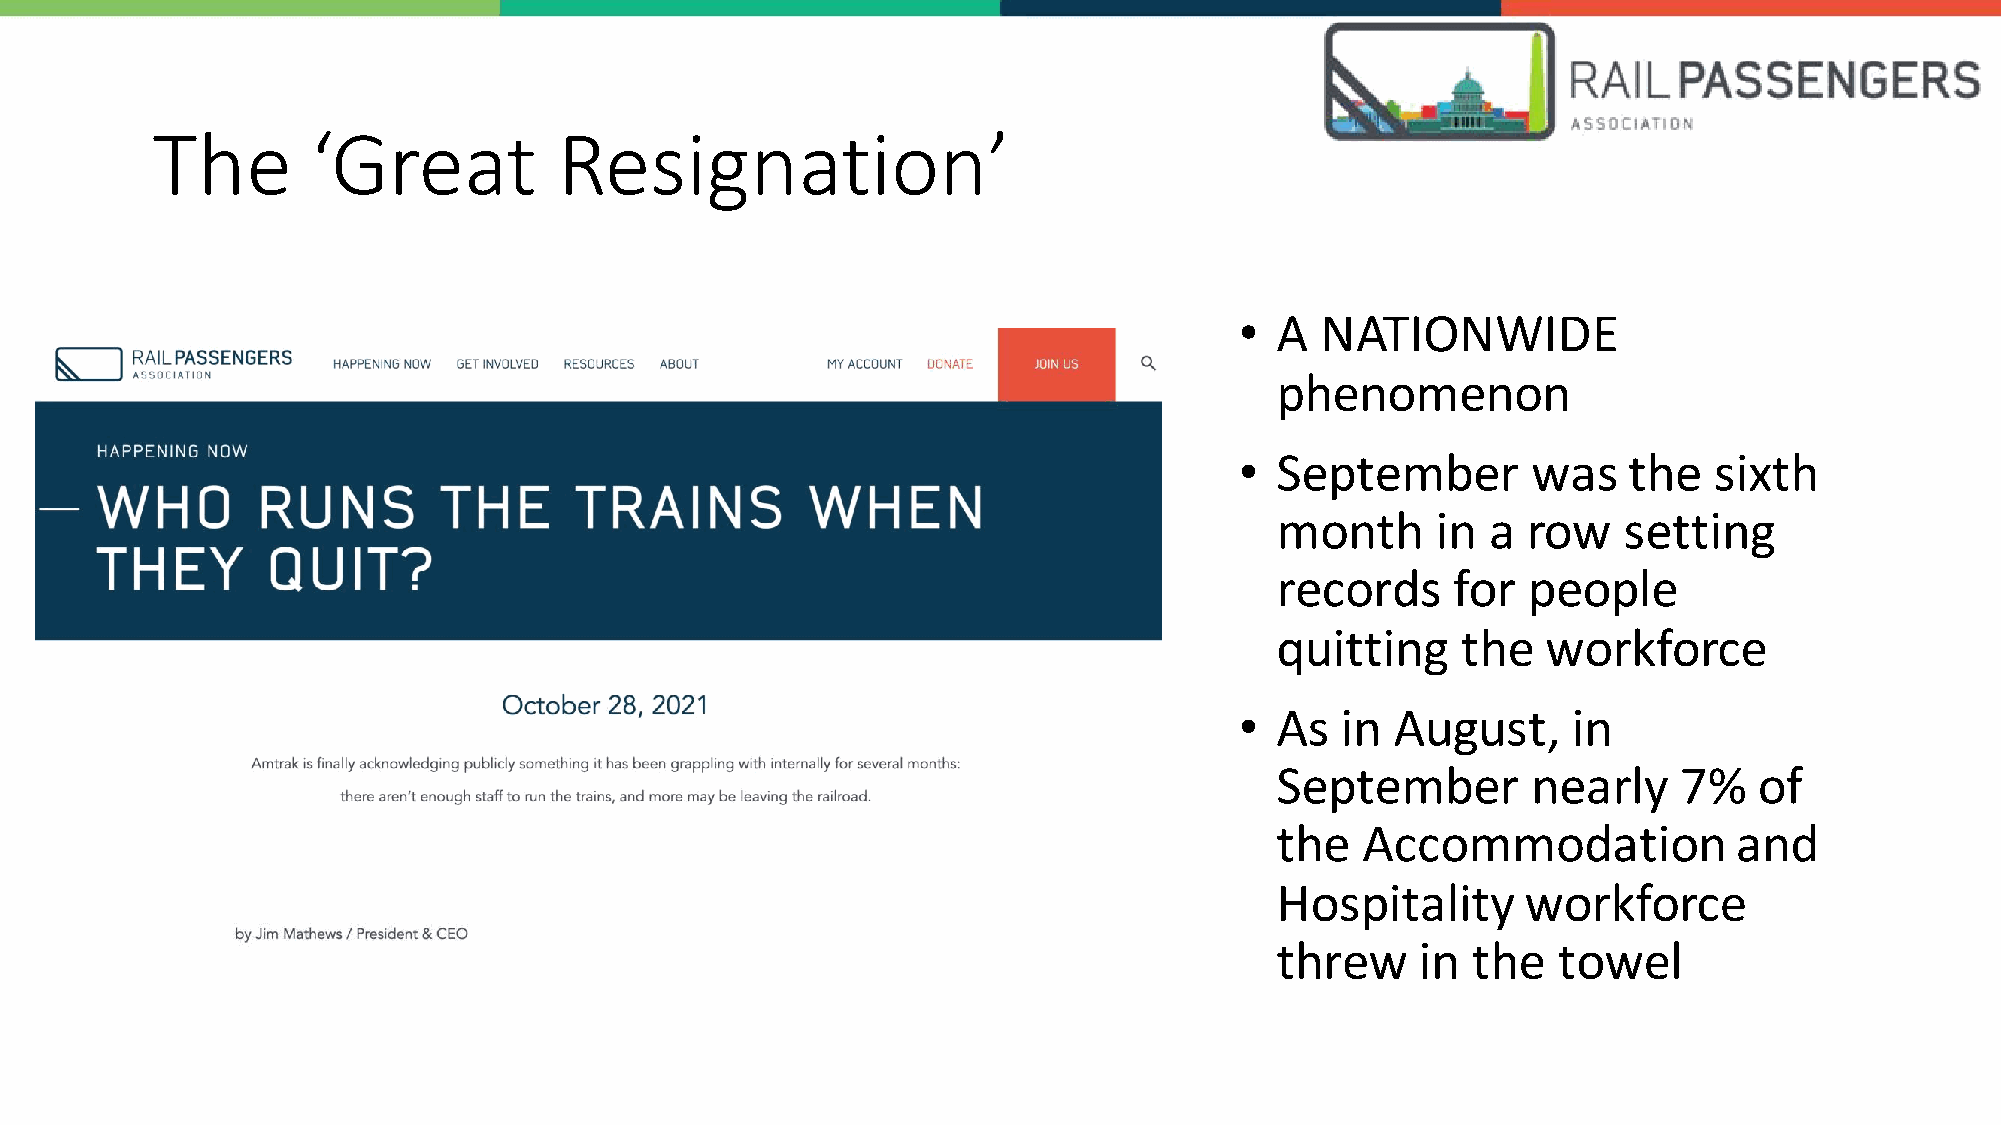
The        ‘Great          Resignation’
 • A  NATIONWIDE
 phenomenon
 • September        was    the  sixth
 month      in  a row   setting
 records     for  people
 quitting     the  workforce
 • As   in August,     in
 September        nearly    7%   of
 the   Accommodation            and
 Hospitality      workforce
 threw     in the   towel